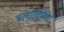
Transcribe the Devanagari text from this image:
ब्लादिमिर